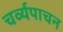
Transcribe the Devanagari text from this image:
चर्व्यपाचन